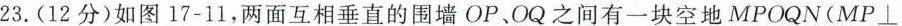
23.(12分)如图17-11，两面互相垂直的围墙OP、OQ之间有一块空地MPOQN(MP⊥